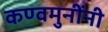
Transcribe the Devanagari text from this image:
कण्वमुनींनी